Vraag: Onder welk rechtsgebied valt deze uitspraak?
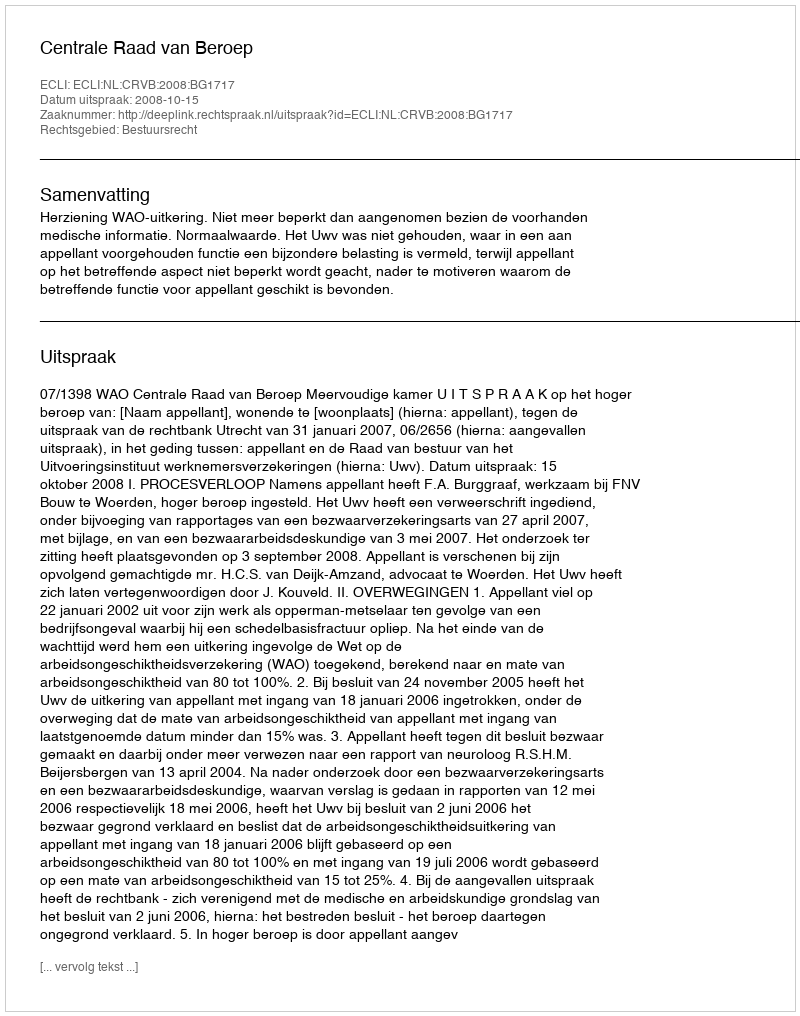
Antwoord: Bestuursrecht